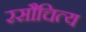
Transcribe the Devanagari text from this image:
रसौचित्य